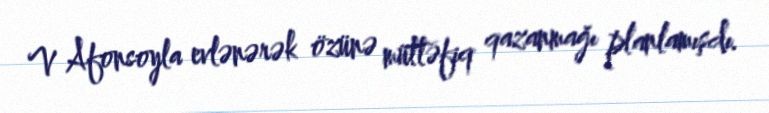
V Afonsoyla evlənərək özünə müttəfiq qazanmağı planlamışdı.